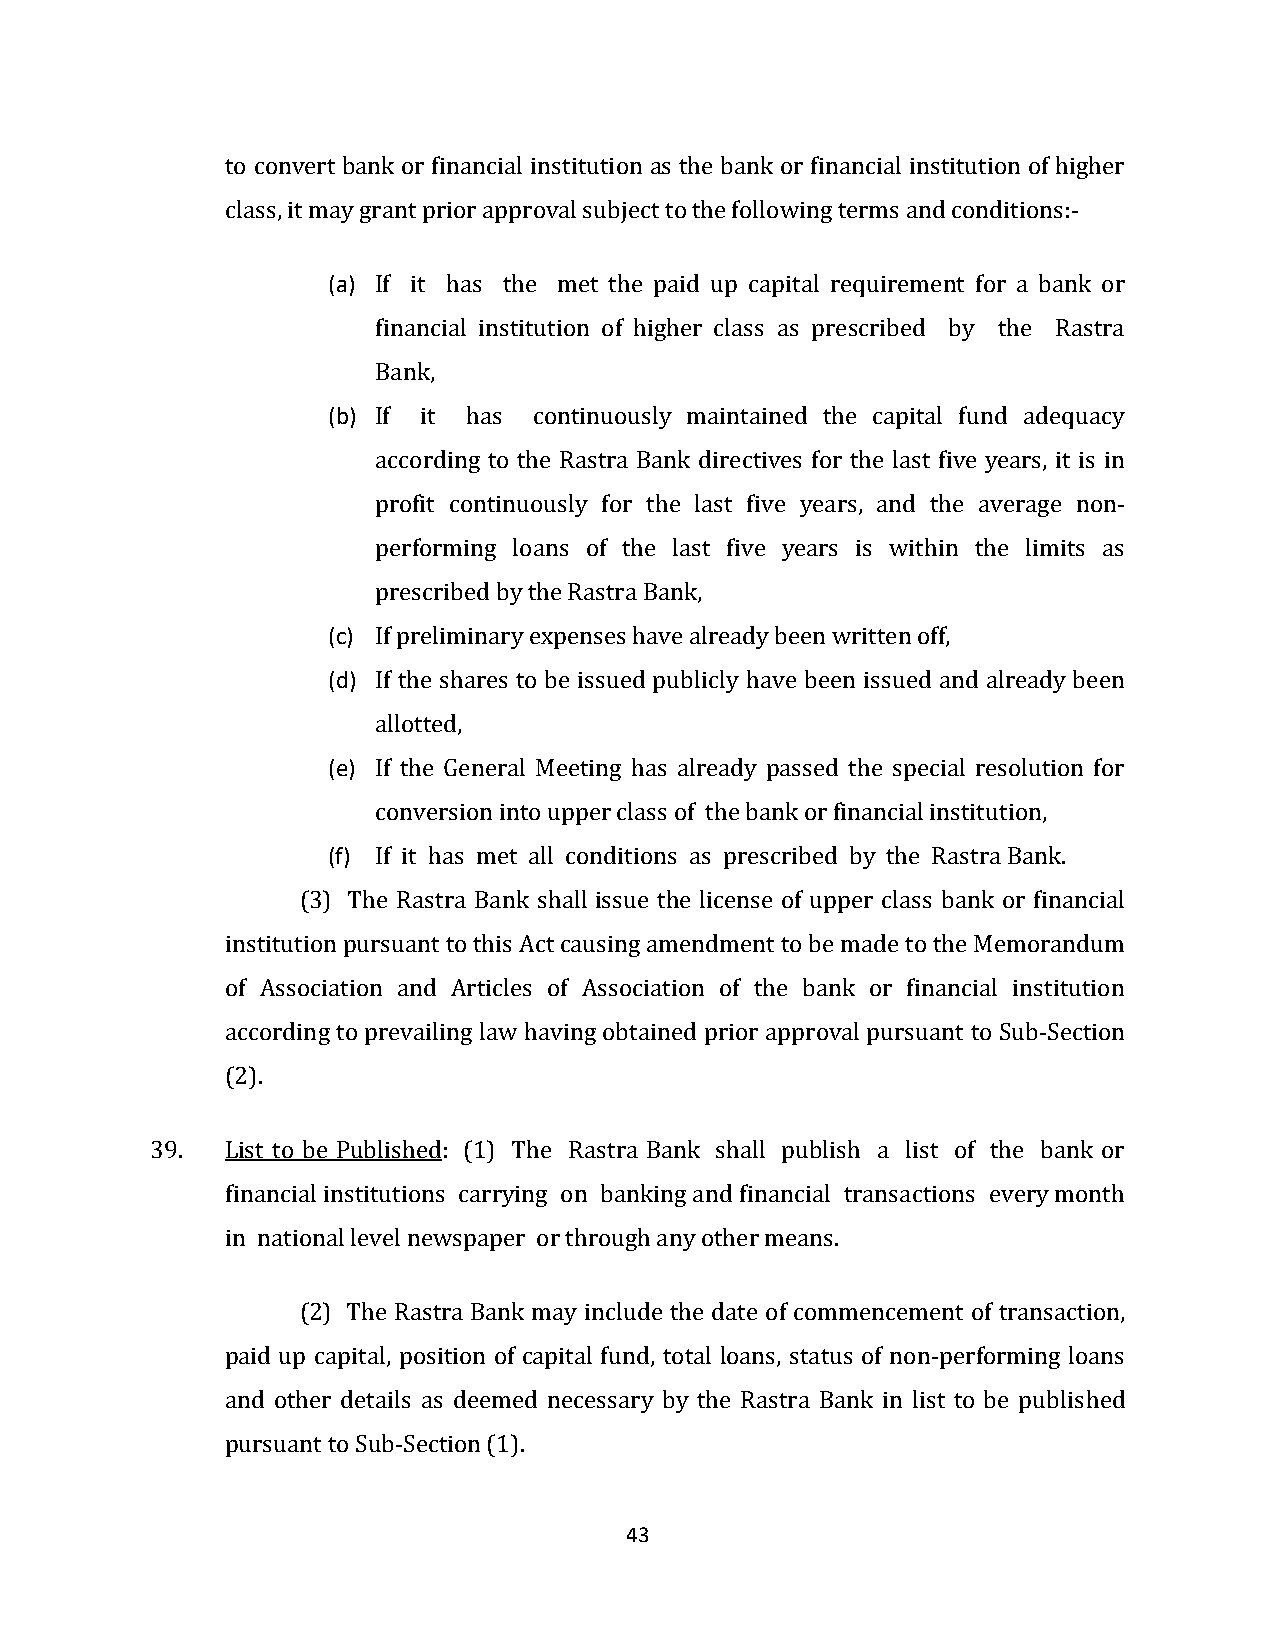
to convert bank or financial institution as the bank or financial institution of higher
 class, it may grant prior approval subject to the following terms and conditions:-
 (a) If it has the met the paid up capital requirement for a bank or
 financial institution of higher class as prescribed by the Rastra
 Bank,
 (b) If it has continuously maintained the capital fund adequacy
 according to the Rastra Bank directives for the last five years, it is in
 profit continuously for the last five years, and the average non-
 performing loans of the last five years is within the limits as
 prescribed by the Rastra Bank,
 (c) If preliminary expenses have already been written off,
 (d) If the shares to be issued publicly have been issued and already been
 allotted,
 (e) If the General Meeting has already passed the special resolution for
 conversion into upper class of the bank or financial institution,
 (f) If it has met all conditions as prescribed by the Rastra Bank.
 (3) The Rastra Bank shall issue the license of upper class bank or financial
 institution pursuant to this Act causing amendment to be made to the Memorandum
 of Association and Articles of Association of the bank or financial institution
 according to prevailing law having obtained prior approval pursuant to Sub-Section
 (2).
 39.  List to be Published: (1) The Rastra Bank shall publish a list of the bank or
 financial institutions carrying on banking and financial transactions every month
 in national level newspaper or through any other means.
 (2) The Rastra Bank may include the date of commencement of transaction,
 paid up capital, position of capital fund, total loans, status of non-performing loans
 and other details as deemed necessary by the Rastra Bank in list to be published
 pursuant to Sub-Section (1).
 43